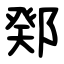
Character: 鄈